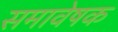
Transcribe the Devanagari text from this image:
समावेषक